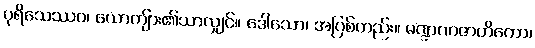
ပုရိသေဿဝ၊ ယောကျ်ား၏သာလျှင်။ ဒေါသော၊ အပြစ်တည်း။ မဏ္ဍဏဇာတိကော၊